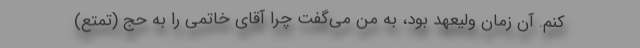
کنم. آن زمان ولیعهد بود، به من می‌گفت چرا آقای خاتمی را به حج (تمتع)